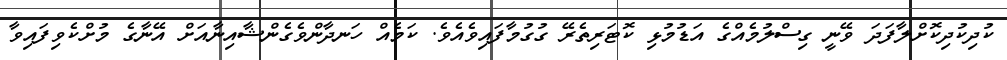
ކުދިކުދިކޮށްލާފަދަ ވޭނީ ގިސްލުމެއްގެ އަޑުމުޅި ކޮޓަރިތެރޭ ގުގުމާފައިވެއެވެ. ކަމެއް ހަނދާންވެގެންޝާއިނާއަށް އޭނާގެ މުށްކެވިފައިވާ